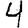
Digit: 4